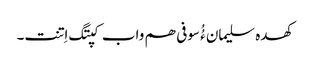
کھدہ سلیمان ءُُ سوفی ھم واب کپتگ اِتنت۔